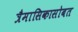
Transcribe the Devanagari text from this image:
त्रैमासिकासोबत